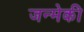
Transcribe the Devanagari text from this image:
जन्मेकी